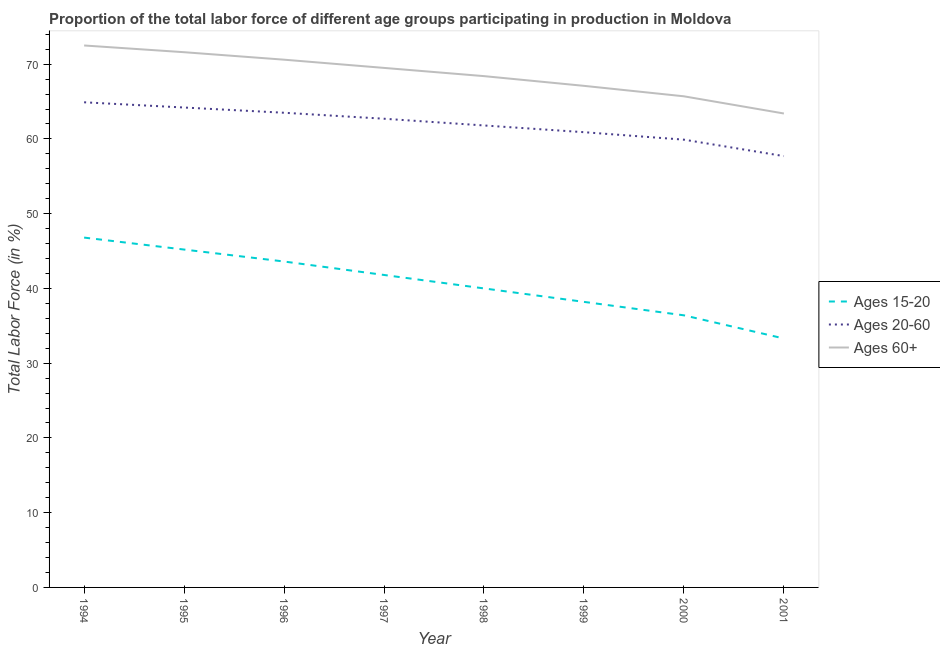
| Year | Ages 15-20 | Ages 20-60 | Ages 60+ |
 | --- | --- | --- | --- |
 | 1994 | 46.8 | 64.9 | 72.5 |
 | 1995 | 45.2 | 64.2 | 71.6 |
 | 1996 | 43.6 | 63.5 | 70.6 |
 | 1997 | 41.8 | 62.7 | 69.5 |
 | 1998 | 40 | 61.8 | 68.4 |
 | 1999 | 38.2 | 60.9 | 67.1 |
 | 2000 | 36.4 | 59.9 | 65.7 |
 | 2001 | 33.3 | 57.7 | 63.4 |